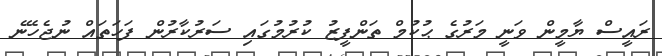
ރައީސް ޔާމީން ވަނީ މަރުގެ ޙުކުމް ތަންފީޒު ކުރުމުގައި ސަރުކާރުން ފަހަތައް ނުޖެހޭނެ